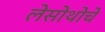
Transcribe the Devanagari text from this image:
लेसोथोचे